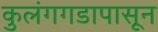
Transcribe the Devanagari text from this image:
कुलंगगडापासून